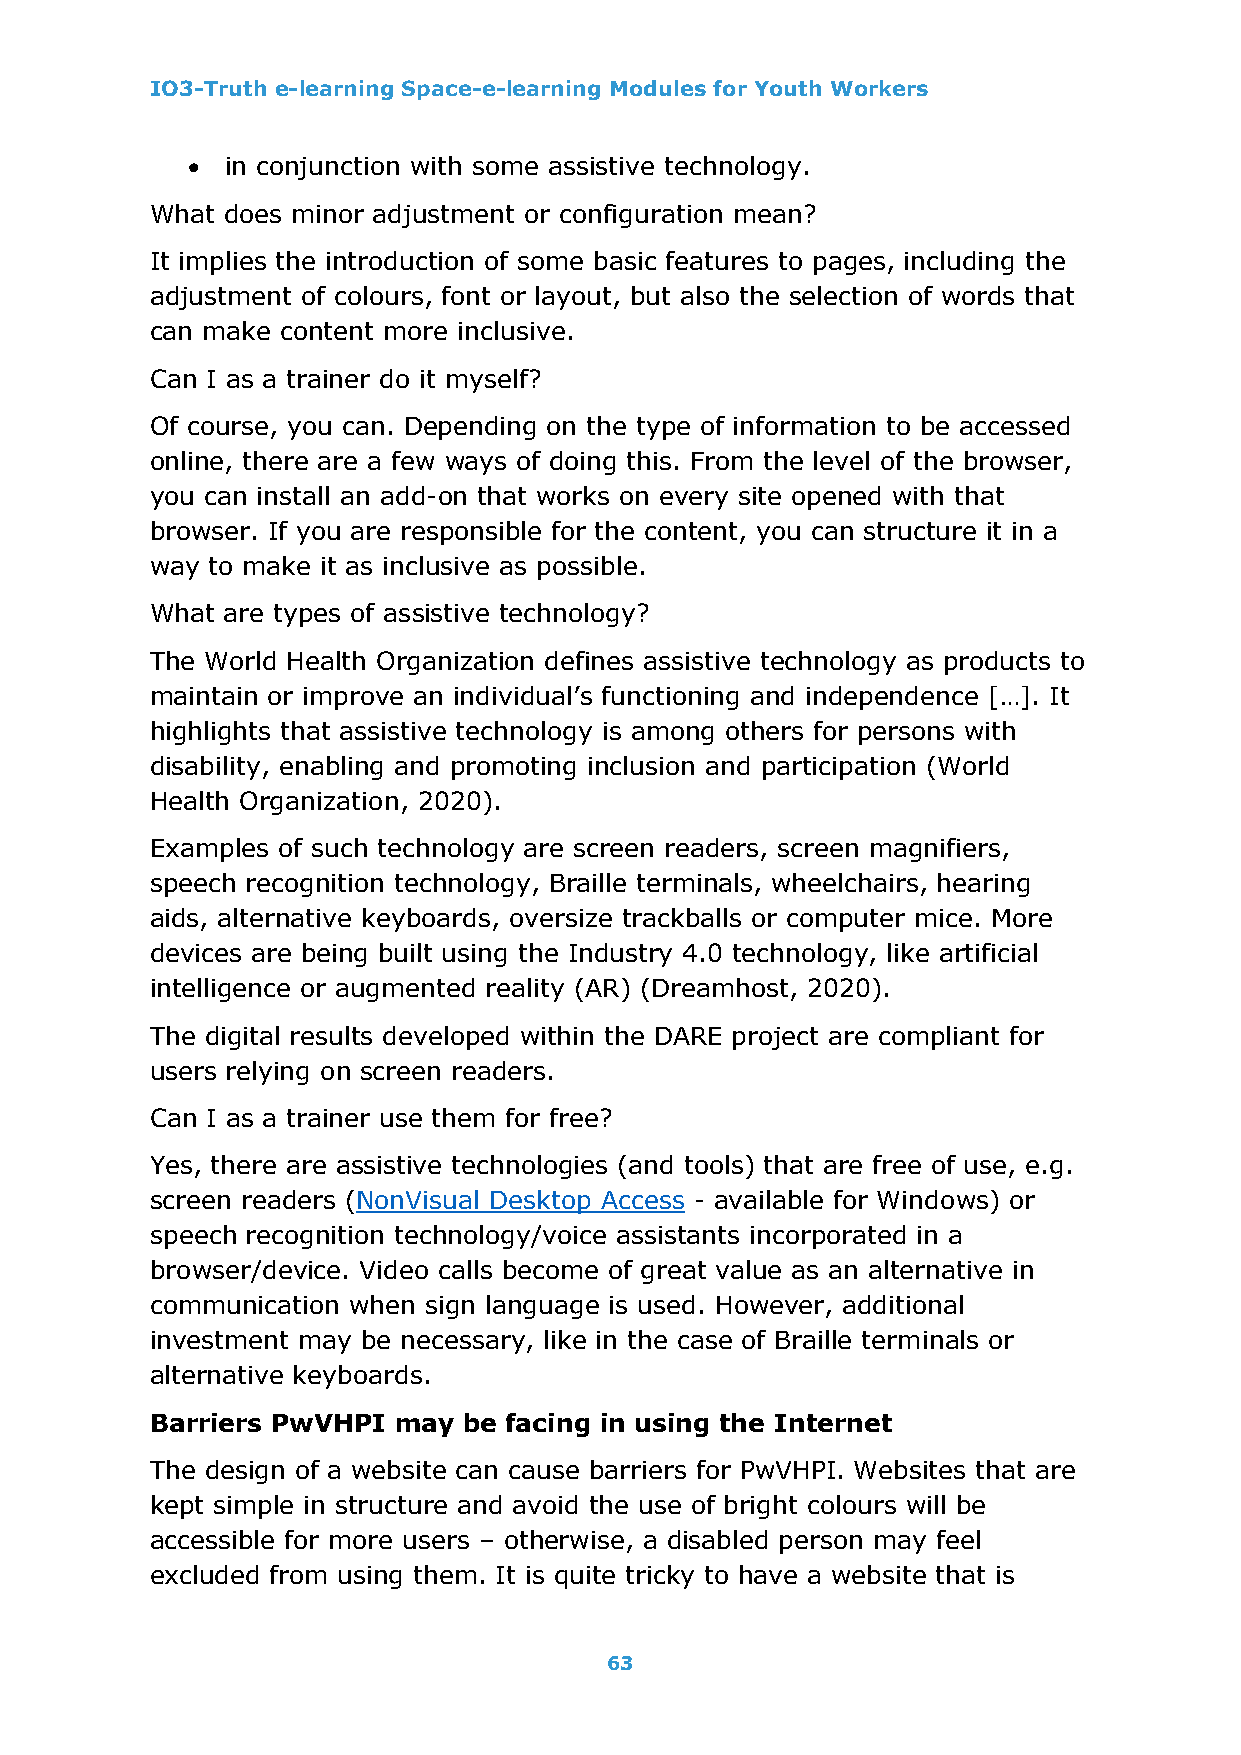
IO3-Truth e-learning Space-e-learning Modules for Youth Workers
 •  in conjunction with some assistive technology.
 What does minor adjustment or configuration mean?
 It implies the introduction of some basic features to pages, including the
 adjustment of colours, font or layout, but also the selection of words that
 can make content more inclusive.
 Can I as a trainer do it myself?
 Of course, you can. Depending on the type of information to be accessed
 online, there are a few ways of doing this. From the level of the browser,
 you can install an add-on that works on every site opened with that
 browser. If you are responsible for the content, you can structure it in a
 way to make it as inclusive as possible.
 What are types of assistive technology?
 The World Health Organization defines assistive technology as products to
 maintain or improve an individual’s functioning and independence […]. It
 highlights that assistive technology is among others for persons with
 disability, enabling and promoting inclusion and participation (World
 Health Organization, 2020).
 Examples of such technology are screen readers, screen magnifiers,
 speech recognition technology, Braille terminals, wheelchairs, hearing
 aids, alternative keyboards, oversize trackballs or computer mice. More
 devices are being built using the Industry 4.0 technology, like artificial
 intelligence or augmented reality (AR) (Dreamhost, 2020).
 The digital results developed within the DARE project are compliant for
 users relying on screen readers.
 Can I as a trainer use them for free?
 Yes, there are assistive technologies (and tools) that are free of use, e.g.
 screen readers (NonVisual Desktop Access - available for Windows) or
 speech recognition technology/voice assistants incorporated in a
 browser/device. Video calls become of great value as an alternative in
 communication when sign language is used. However, additional
 investment may be necessary, like in the case of Braille terminals or
 alternative keyboards.
 Barriers PwVHPI may  be facing in using the Internet
 The design of a website can cause barriers for PwVHPI. Websites that are
 kept simple in structure and avoid the use of bright colours will be
 accessible for more users – otherwise, a disabled person may feel
 excluded from using them. It is quite tricky to have a website that is
 63